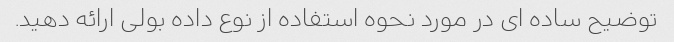
توضیح ساده ای در مورد نحوه استفاده از نوع داده بولی ارائه دهید.